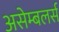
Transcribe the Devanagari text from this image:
असेम्बलर्स